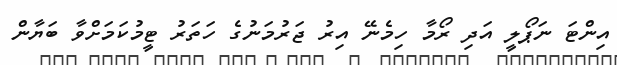
އިންޓަ ނަޕޯލީ އަދި ރޯމާ ހިމެނޭ އިރު ޖަރުމަނުގެ ހަތަރު ޓީމުކަމަށްވާ ބަޔާން